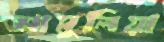
আমুলিয়া